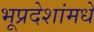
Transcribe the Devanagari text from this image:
भूप्रदेशांमधे